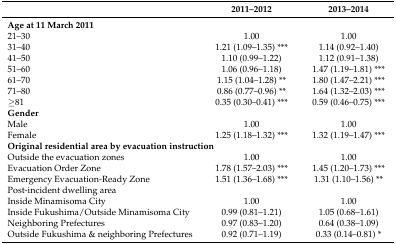
|  | 2011–2012 | 2013–2014 |
 | --- | --- | --- |
 | Age at 11 March 2011 |  |  |
 | 21–30 | 1.00 | 1.00 |
 | 31–40 | 1.21 (1.09–1.35) *** | 1.14 (0.92–1.40) |
 | 41–50 | 1.10 (0.99–1.22) | 1.12 (0.91–1.38) |
 | 51–60 | 1.06 (0.96–1.18) | 1.47 (1.19–1.81) *** |
 | 61–70 | 1.15 (1.04–1.28) ** | 1.80 (1.47–2.21) *** |
 | 71–80 | 0.86 (0.77–0.96) ** | 1.64 (1.32–2.03) *** |
 | ≥81 | 0.35 (0.30–0.41) *** | 0.59 (0.46–0.75) *** |
 | Gender |  |  |
 | Male | 1.00 | 1.00 |
 | Female | 1.25 (1.18–1.32) *** | 1.32 (1.19–1.47) *** |
 | <COLSPAN=2> Original residential area by evacuation instruction |  |
 | Outside the evacuation zones | 1.00 | 1.00 |
 | Evacuation Order Zone | 1.78 (1.57–2.03) *** | 1.45 (1.20–1.73) *** |
 | Emergency Evacuation-Ready Zone | 1.51 (1.36–1.68) *** | 1.31 (1.10–1.56) ** |
 | Post-incident dwelling area |  |  |
 | Inside Minamisoma City | 1.00 | 1.00 |
 | Inside Fukushima/Outside Minamisoma City | 0.99 (0.81–1.21) | 1.05 (0.68–1.61) |
 | Neighboring Prefectures | 0.97 (0.83–1.20) | 0.64 (0.38–1.09) |
 | Outside Fukushima & neighboring Prefectures | 0.92 (0.71–1.19) | 0.33 (0.14–0.81) * |